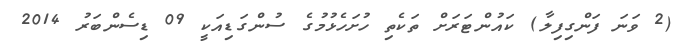
(2 ވަނަ ފަންގިފިލާ) ކައުންޓަރަށް ތަކެތި ހުށަހެޅުމުގެ ސުންގަޑިއަކީ 09 ޑިސެންބަރު 2014